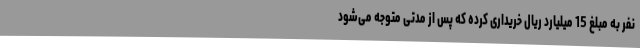
نفر به مبلغ 15 میلیارد ریال خریداری کرده که پس از مدتی متوجه می‌شود